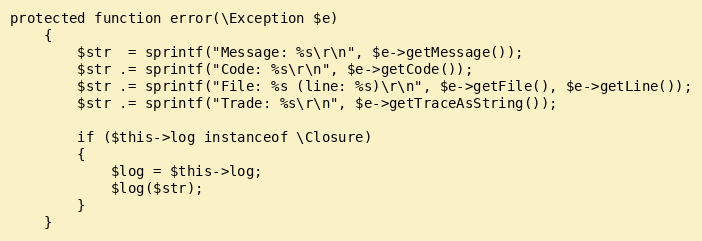
Language: PHP
protected function error(\Exception $e)
    {
        $str  = sprintf("Message: %s\r\n", $e->getMessage());
        $str .= sprintf("Code: %s\r\n", $e->getCode());
        $str .= sprintf("File: %s (line: %s)\r\n", $e->getFile(), $e->getLine());
        $str .= sprintf("Trade: %s\r\n", $e->getTraceAsString());

        if ($this->log instanceof \Closure)
        {
            $log = $this->log;
            $log($str);
        }
    }